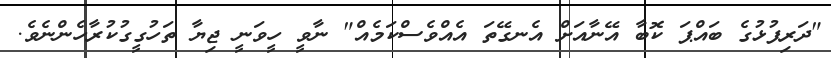
"ދަރިފުޅުގެ ބައްޕަ ކޮބާ އޭނާއަށް އެނގޭތަ އެއްވެސްކަމެއް" ނާވީ ހީވަނީ ޖިޔާ ތަހުގީގުކުރާހެންނެވެ.